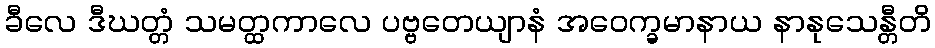
ခီလေ ဒီဃတ္တံ သမတ္ထကာလေ ပဗ္ဗတေယျာနံ အဝေက္ခမာနာယ နာနုသေန္တီတိ